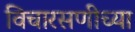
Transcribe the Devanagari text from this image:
विचारसणीच्या